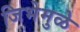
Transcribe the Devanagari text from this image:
जिभेमुळे